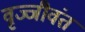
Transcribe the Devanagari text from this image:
वृज्जीवंत